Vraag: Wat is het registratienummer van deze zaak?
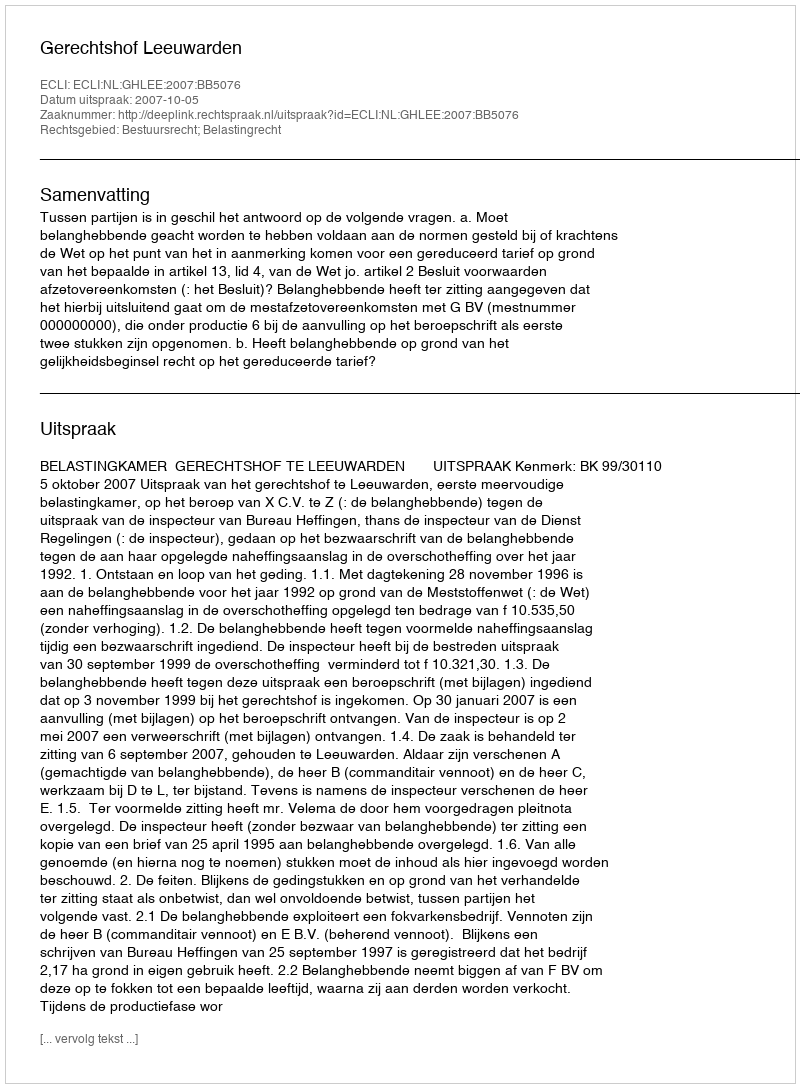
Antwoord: http://deeplink.rechtspraak.nl/uitspraak?id=ECLI:NL:GHLEE:2007:BB5076